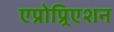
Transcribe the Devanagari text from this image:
एप्रोप्र्रिएशन